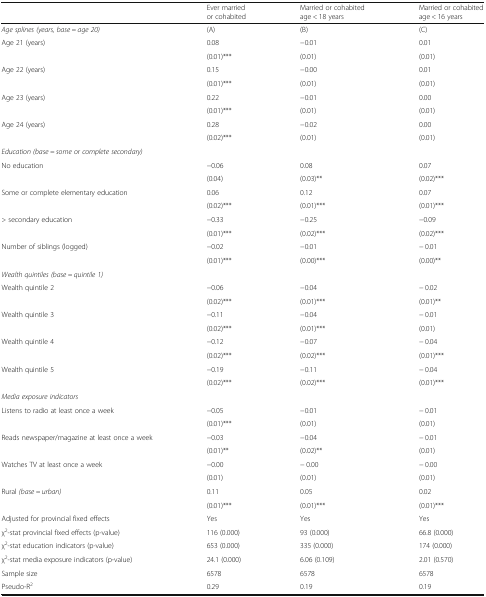
<table><thead><tr><td></td><td><b>Ever married or cohabited</b></td><td><b>Married or cohabited age &lt; 18 years</b></td><td><b>Married or cohabited age &lt; 16 years</b></td></tr></thead><tbody><tr><td><i>Age splines (years, base = age 20)</i></td><td>(A)</td><td>(B)</td><td>(C)</td></tr><tr><td rowspan="2">Age 21 (years)</td><td>0.08</td><td>−0.01</td><td>0.01</td></tr><tr><td>(0.01)***</td><td>(0.01)</td><td>(0.01)</td></tr><tr><td rowspan="2">Age 22 (years)</td><td>0.15</td><td>−0.00</td><td>0.01</td></tr><tr><td>(0.01)***</td><td>(0.01)</td><td>(0.01)</td></tr><tr><td rowspan="2">Age 23 (years)</td><td>0.22</td><td>−0.01</td><td>0.00</td></tr><tr><td>(0.01)***</td><td>(0.01)</td><td>(0.01)</td></tr><tr><td rowspan="2">Age 24 (years)</td><td>0.28</td><td>−0.02</td><td>0.00</td></tr><tr><td>(0.02)***</td><td>(0.01)</td><td>(0.01)</td></tr><tr><td colspan="4"><i>Education (base = some or complete secondary)</i></td></tr><tr><td rowspan="2">No education</td><td>−0.06</td><td>0.08</td><td>0.07</td></tr><tr><td>(0.04)</td><td>(0.03)**</td><td>(0.02)***</td></tr><tr><td rowspan="2">Some or complete elementary education</td><td>0.06</td><td>0.12</td><td>0.07</td></tr><tr><td>(0.02)***</td><td>(0.01)***</td><td>(0.01)***</td></tr><tr><td rowspan="2">&gt; secondary education</td><td>−0.33</td><td>−0.25</td><td>−0.09</td></tr><tr><td>(0.01)***</td><td>(0.02)***</td><td>(0.02)***</td></tr><tr><td rowspan="2">Number of siblings (logged)</td><td>−0.02</td><td>−0.01</td><td>− 0.01</td></tr><tr><td>(0.01)***</td><td>(0.00)***</td><td>(0.00)**</td></tr><tr><td colspan="4"><i>Wealth quintiles (base = quintile 1)</i></td></tr><tr><td rowspan="2">Wealth quintile 2</td><td>−0.06</td><td>−0.04</td><td>− 0.02</td></tr><tr><td>(0.02)***</td><td>(0.01)***</td><td>(0.01)**</td></tr><tr><td rowspan="2">Wealth quintile 3</td><td>−0.11</td><td>−0.04</td><td>− 0.01</td></tr><tr><td>(0.02)***</td><td>(0.01)***</td><td>(0.01)</td></tr><tr><td rowspan="2">Wealth quintile 4</td><td>−0.12</td><td>−0.07</td><td>− 0.04</td></tr><tr><td>(0.02)***</td><td>(0.02)***</td><td>(0.01)***</td></tr><tr><td rowspan="2">Wealth quintile 5</td><td>−0.19</td><td>−0.11</td><td>− 0.04</td></tr><tr><td>(0.02)***</td><td>(0.02)***</td><td>(0.01)***</td></tr><tr><td colspan="4"><i>Media exposure indicators</i></td></tr><tr><td rowspan="2">Listens to radio at least once a week</td><td>−0.05</td><td>−0.01</td><td>− 0.01</td></tr><tr><td>(0.01)***</td><td>(0.01)</td><td>(0.01)</td></tr><tr><td rowspan="2">Reads newspaper/magazine at least once a week</td><td>−0.03</td><td>−0.04</td><td>− 0.01</td></tr><tr><td>(0.01)**</td><td>(0.02)**</td><td>(0.01)</td></tr><tr><td rowspan="2">Watches TV at least once a week</td><td>−0.00</td><td>− 0.00</td><td>− 0.00</td></tr><tr><td>(0.01)</td><td>(0.01)</td><td>(0.01)</td></tr><tr><td rowspan="2">Rural <i>(base = urban)</i></td><td>0.11</td><td>0.05</td><td>0.02</td></tr><tr><td>(0.01)***</td><td>(0.01)***</td><td>(0.01)***</td></tr><tr><td>Adjusted for provincial fixed effects</td><td>Yes</td><td>Yes</td><td>Yes</td></tr><tr><td>χ<sup>2</sup>-stat provincial fixed effects (p-value)</td><td>116 (0.000)</td><td>93 (0.000)</td><td>66.8 (0.000)</td></tr><tr><td>χ<sup>2</sup>-stat education indicators (p-value)</td><td>653 (0.000)</td><td>335 (0.000)</td><td>174 (0.000)</td></tr><tr><td>χ<sup>2</sup>-stat media exposure indicators (p-value)</td><td>24.1 (0.000)</td><td>6.06 (0.109)</td><td>2.01 (0.570)</td></tr><tr><td>Sample size</td><td>6578</td><td>6578</td><td>6578</td></tr><tr><td>Pseudo-R<sup>2</sup></td><td>0.29</td><td>0.19</td><td>0.19</td></tr></tbody></table>